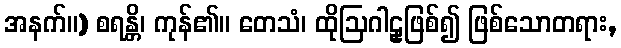
အနက်။) စရန္တိ၊ ကုန်၏။ တေသံ၊ ထိုဩဂါဠှဖြစ်၍ ဖြစ်သောတရား,